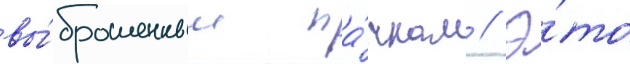
вы́брошенным па́чкам // Э́то